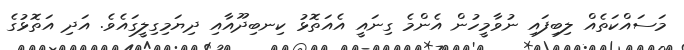
މަސައްކަތެއް ލިބިފައި ނުވާމީހުން އެންމެ ގިނައީ އެއަތޮޅު ކިނބިދޫއާއި ދިޔަމިގިލީގަައެވެ. އަދި އަތޮޅުގެ